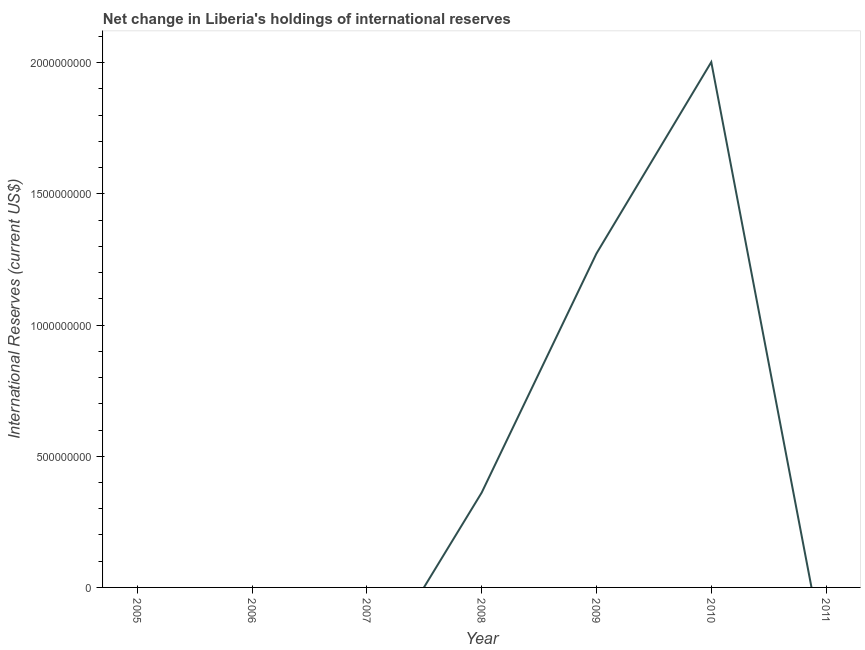
| Year | Reserves and related items |
 | --- | --- |
 | 2005 | -1.86e+08 |
 | 2006 | -3.8e+08 |
 | 2007 | -3.57e+08 |
 | 2008 | 3.61e+08 |
 | 2009 | 1.27e+09 |
 | 2010 | 2e+09 |
 | 2011 | -2.91e+08 |